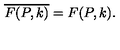
\overline { { F ( P , k ) } } = F ( P , k ) .